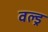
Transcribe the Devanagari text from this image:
वल्ड्र